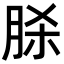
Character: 脎